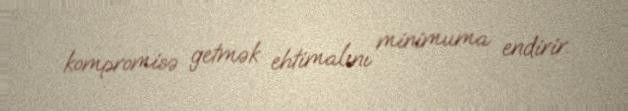
kompromisə getmək ehtimalını minimuma endirir.